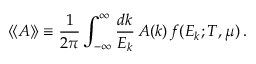
\langle \! \langle A \rangle \! \rangle \equiv { \frac { 1 } { 2 \pi } } \int _ { - \infty } ^ { \infty } { \frac { d k } { E _ { k } } } \, A ( k ) \, f ( E _ { k } ; T , \mu ) \, .